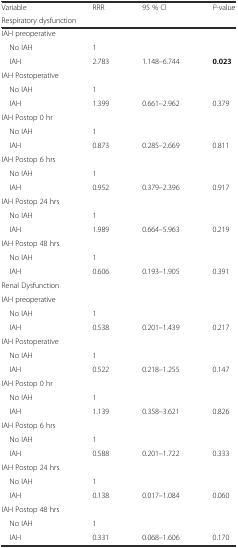
| Variable | RRR | 95 % CI | P-value |
 | <COLSPAN=4> Respiratory dysfunction |
 | --- | --- | --- | --- |
 | IAH preoperative |  |  |  |
 | No IAH | 1 |  |  |
 | IAH | 2.783 | 1.148–6.744 | 0.023 |
 | IAH Postoperative |  |  |  |
 | No IAH | 1 |  |  |
 | IAH | 1.399 | 0.661–2.962 | 0.379 |
 | IAH Postop 0 hr |  |  |  |
 | No IAH | 1 |  |  |
 | IAH | 0.873 | 0.285–2.669 | 0.811 |
 | IAH Postop 6 hrs |  |  |  |
 | No IAH | 1 |  |  |
 | IAH | 0.952 | 0.379–2.396 | 0.917 |
 | IAH Postop 24 hrs |  |  |  |
 | No IAH | 1 |  |  |
 | IAH | 1.989 | 0.664–5.963 | 0.219 |
 | IAH Postop 48 hrs |  |  |  |
 | No IAH | 1 |  |  |
 | IAH | 0.606 | 0.193–1.905 | 0.391 |
 | <COLSPAN=4> Renal Dysfunction |
 | IAH preoperative |  |  |  |
 | No IAH | 1 |  |  |
 | IAH | 0.538 | 0.201–1.439 | 0.217 |
 | IAH Postoperative |  |  |  |
 | No IAH | 1 |  |  |
 | IAH | 0.522 | 0.218–1.255 | 0.147 |
 | IAH Postop 0 hr |  |  |  |
 | No IAH | 1 |  |  |
 | IAH | 1.139 | 0.358–3.621 | 0.826 |
 | IAH Postop 6 hrs |  |  |  |
 | No IAH | 1 |  |  |
 | IAH | 0.588 | 0.201–1.722 | 0.333 |
 | IAH Postop 24 hrs |  |  |  |
 | No IAH | 1 |  |  |
 | IAH | 0.138 | 0.017–1.084 | 0.060 |
 | IAH Postop 48 hrs |  |  |  |
 | No IAH | 1 |  |  |
 | IAH | 0.331 | 0.068–1.606 | 0.170 |